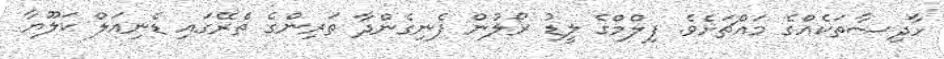
ހާދިސާތަކެއްގެ މައްޗަށެވެ. ފިލްމްގެ ލީޑު ރޯލުން ފެނިގެންދާ ތަރިންގެ ތެރޭގައި ޑެނިއަލް ކަލޫޔާ